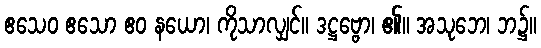
ဧသေဝ ဧသော ဧဝ နယော၊ ကိုသာလျှင်။ ဒဋ္ဌဗ္ဗော၊ ၏။ အသုဘေ၊ ဘ၌။